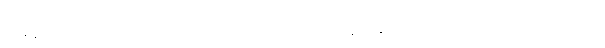
အချိန်ဒီရေတွေသာမက စမ်းရေစီးသံတွေကလည်း မရပ်မနား ဆက်လက် စီးဆင်းမြဲ စီးဆင်းနေမြဲပါ။